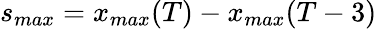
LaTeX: s_{max}=x_{max}(T)-x_{max}(T-3)